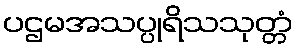
ပဌမအသပ္ပုရိသသုတ္တံ